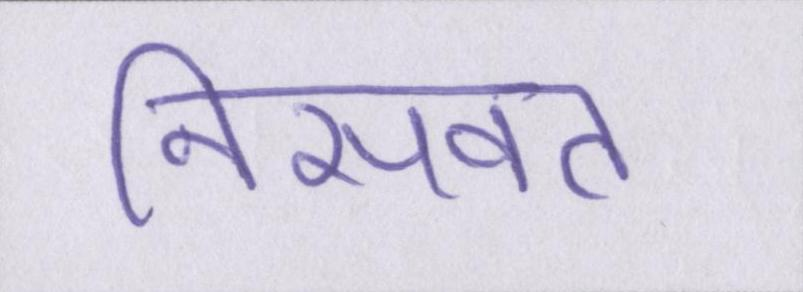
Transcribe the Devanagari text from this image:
निसवत